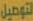
التوصيل